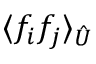
\langle { f _ { i } } { f _ { j } } \rangle _ { \hat { U } }